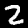
Label: 2